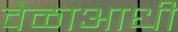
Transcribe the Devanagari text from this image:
वेळाआधी